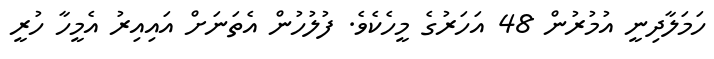
ހަމަލާދިނީ އުމުރުން 48 އަހަރުގެ މީހެކެވެ. ފުލުހުން އެތަނަށް އައިއިރު އެމީހާ ހުރީ